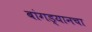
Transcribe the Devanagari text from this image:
बांगड्यानचा